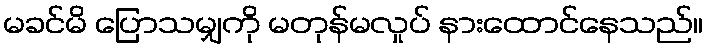
မခင်မိ ပြောသမျှကို မတုန်မလှုပ် နားထောင်နေသည်။